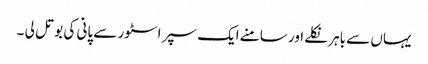
یہاں سے باہر نکلے اور سامنے ایک سپر اسٹور سے پانی کی بوتل لی ۔